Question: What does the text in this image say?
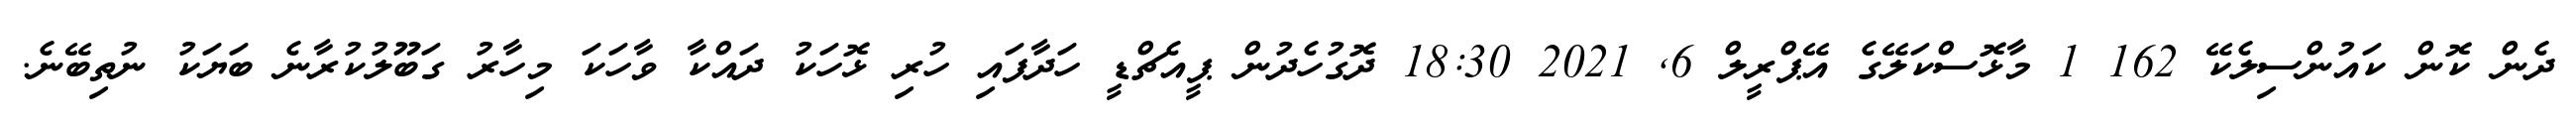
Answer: ދެން ކޮން ކައުންސިލެކޭ 162 1 މާޅޮސްކަލޭގެ އޭޕްރީލް 6, 2021 18:30 ދޮގުހެދުން ޕީއެޗްޑީ ހަދާފައި ހުރި ޅޮހަކު ދައްކާ ވާހަކަ މިހާރު ގަބޫލުކުރާނެ ބަޔަކު ނުތިބޭނެ.